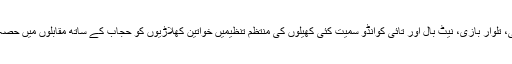
واضح رہے کہ ایتھلیٹکس، رگبی، تلوار بازی، نیٹ بال اور تائی کوانڈو سمیت کئی کھیلوں کی منتظم تنظیمیں خواتین کھلاڑیوں کو حجاب کے ساتھ مقابلوں میں حصہ لینے کی اجازت دے چکی ہیں۔